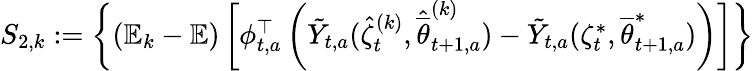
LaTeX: \begin{array}{r}{S_{2,k}:=\left\{ (\mathbb E_{k}-\mathbb E)\left[\phi_{t,a}^{\top}\left(\tilde{Y}_{t,a}(\hat{\zeta}_{t}^{(k)},\hat{\overline{{\theta}}}_{t+1,a}^{(k)})-\tilde{Y}_{t,a}(\zeta_{t}^{*},{\overline{{\theta}}}_{t+1,a}^{*})\right)\right]\right\} }\end{array}